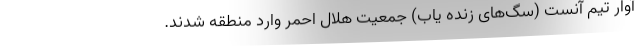
آوار تیمِ آنست (سگ‌های زنده یاب) جمعیت هلال احمر وارد منطقه شدند.